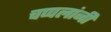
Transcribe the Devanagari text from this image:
चप्पलांनी